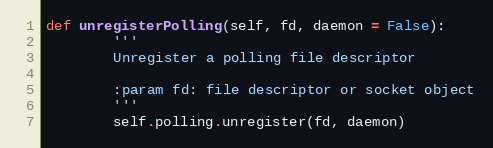
Language: Python
def unregisterPolling(self, fd, daemon = False):
        '''
        Unregister a polling file descriptor

        :param fd: file descriptor or socket object
        '''
        self.polling.unregister(fd, daemon)